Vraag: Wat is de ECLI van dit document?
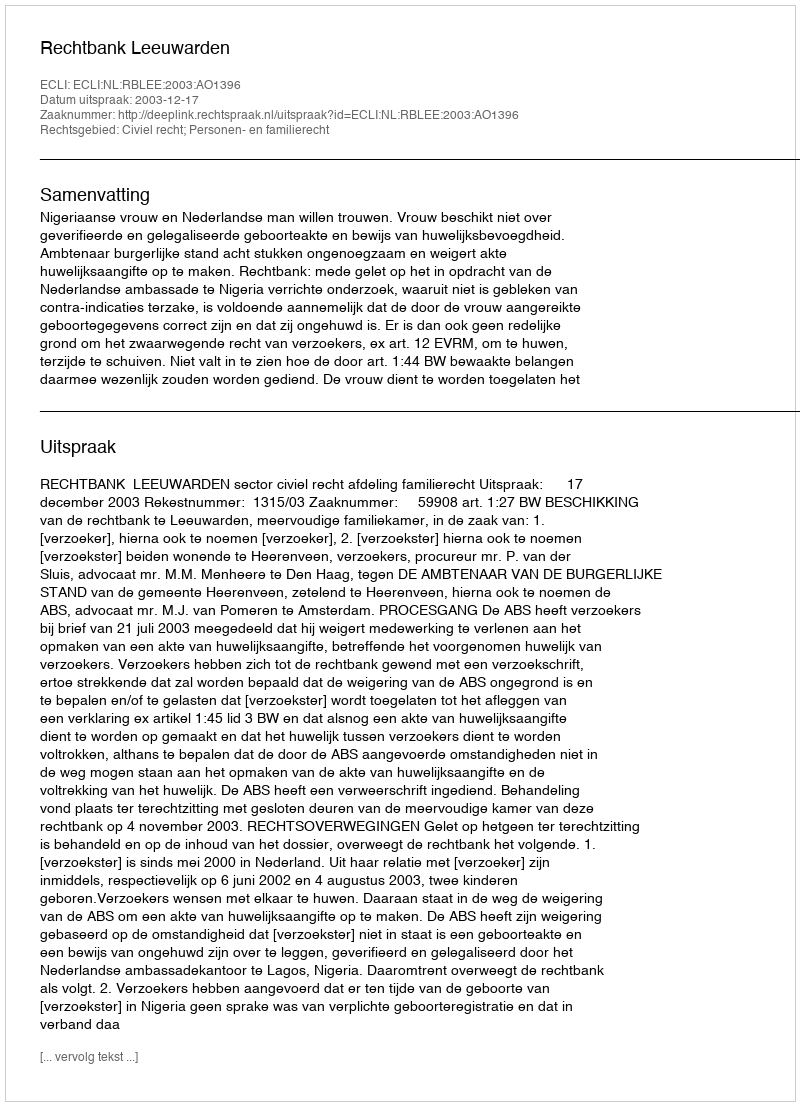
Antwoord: ECLI:NL:RBLEE:2003:AO1396